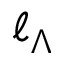
\ell _ { \Lambda }